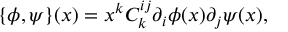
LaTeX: \{ \phi , \psi \} ( x ) = x ^ { k } C _ { k } ^ { i j } \partial _ { i } \phi ( x ) \partial _ { j } \psi ( x ) ,